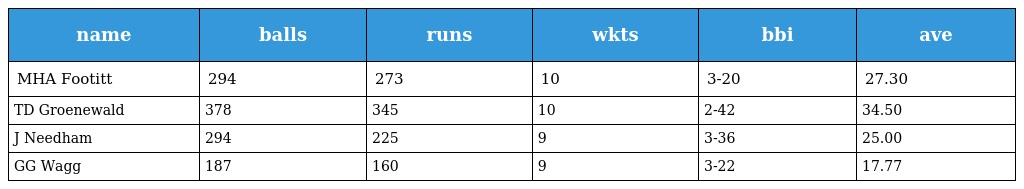
| name | balls | runs | wkts | bbi | ave |
 | --- | --- | --- | --- | --- | --- |
 | MHA Footitt | 294 | 273 | 10 | 3-20 | 27.30 |
 | TD Groenewald | 378 | 345 | 10 | 2-42 | 34.50 |
 | J Needham | 294 | 225 | 9 | 3-36 | 25.00 |
 | GG Wagg | 187 | 160 | 9 | 3-22 | 17.77 |